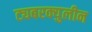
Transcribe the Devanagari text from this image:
ट्यबरक्युलीन